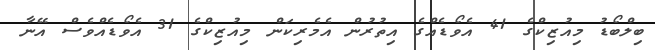
ބިލްބޯޑު މިއުޒިކްގެ 41 އެވޯޑެއްގެ އިތުރުން އެމެރިކަން މިއުޒިކްގެ 31 އެވޯޑެއްވެސް އޭނާ